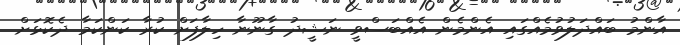
އާންމު ބައްދަލުވުމެއްގައި އެންމެން އެއްބަސްވީ ނަޝީދު ގާނޫނާ ހިލާފަށް ކުރާ ކަންކަމާ ދެކޮޅަށް